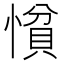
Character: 𢠈